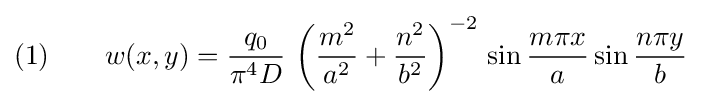
{\text{(1)}}\qquad w(x,y)={\frac {q_{0}}{\pi ^{4}D}}\,\left({\frac {m^{2}}{a^{2}}}+{\frac {n^{2}}{b^{2}}}\right)^{-2}\,\sin {\frac {m\pi x}{a}}\sin {\frac {n\pi y}{b}}